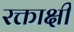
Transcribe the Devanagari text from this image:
रक्ताक्षी